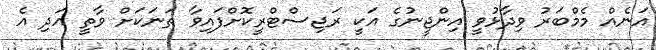
އަނެއް މެމްބަރު ވިދާޅުވީ އިންޖީނުގެ އަކީ ރަޖިސްޓްރީކޮށްފައިވާ ތަނަކަށް ވާތީ އަދި އެ